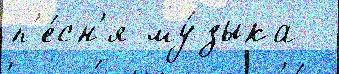
п'е́сн'я му́зыка